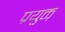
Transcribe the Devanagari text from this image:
प्रयुक्त़